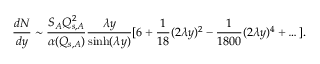
\frac { d N } { d y } \sim \frac { S _ { A } Q _ { s , A } ^ { 2 } } { \alpha ( Q _ { s , A } ) } \frac { \lambda y } { \sinh ( \lambda y ) } [ 6 + \frac { 1 } { 1 8 } ( 2 \lambda y ) ^ { 2 } - \frac { 1 } { 1 8 0 0 } ( 2 \lambda y ) ^ { 4 } + \dots ] .